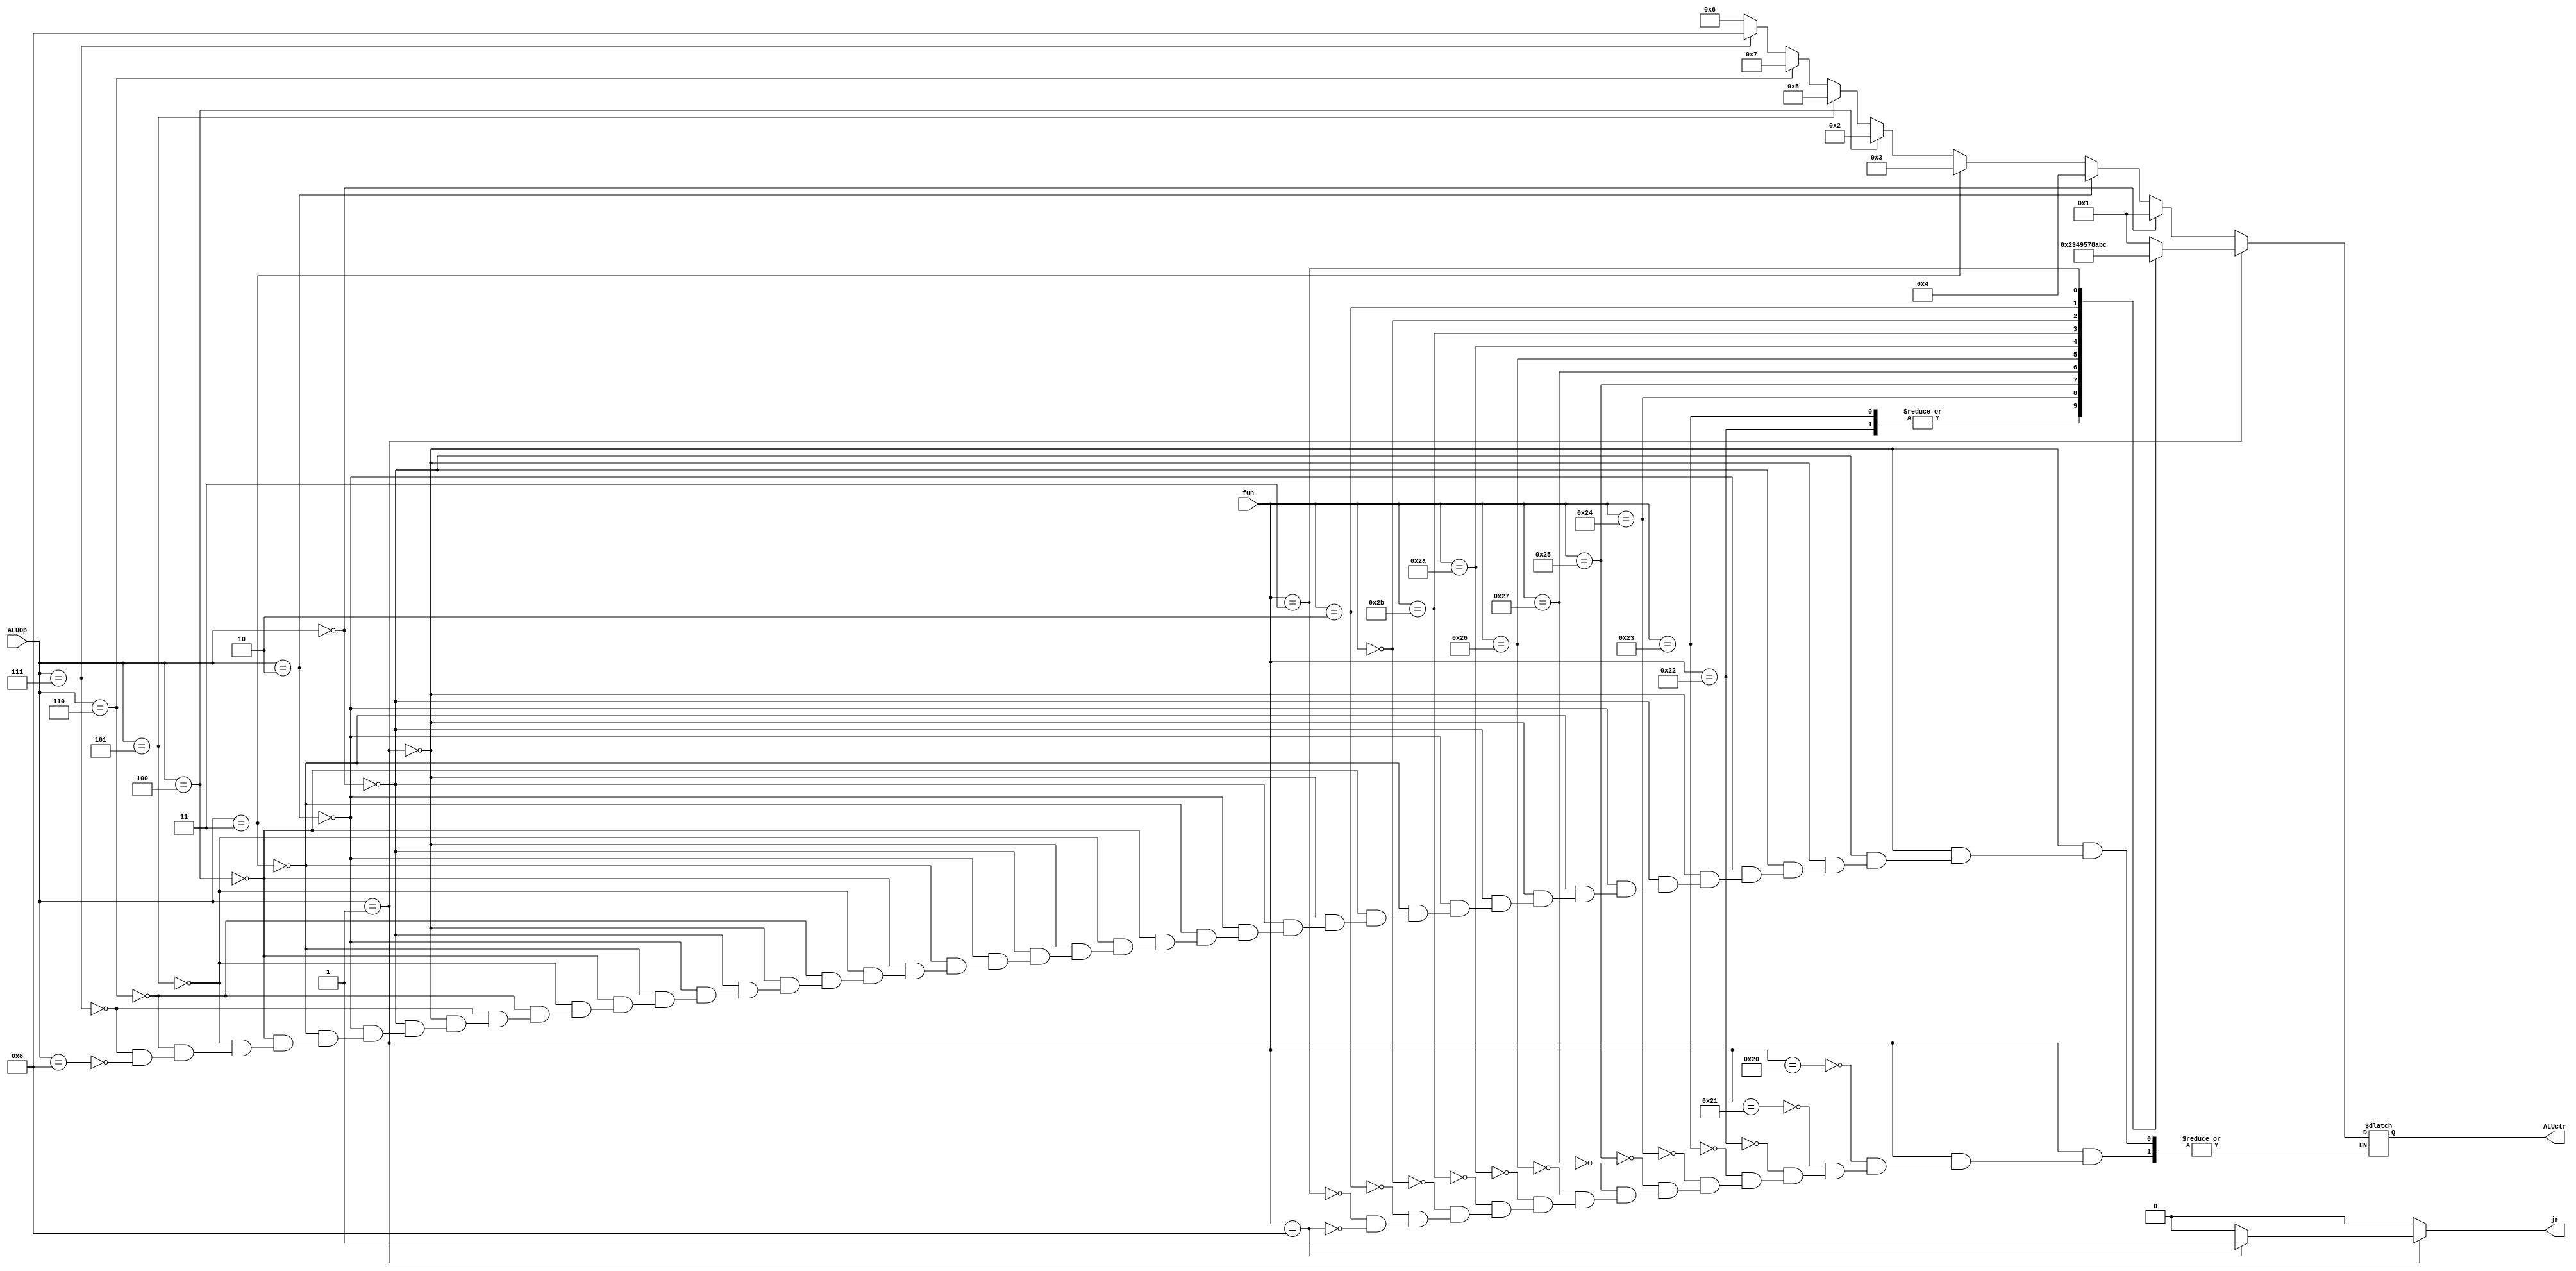
`timescale 1ns / 1ps
//////////////////////////////////////////////////////////////////////////////////
// Company: 
// Engineer: 
// 
// Design Name: 
// Module Name: ALUctr
// Project Name: 
// Target Devices: 
// Tool Versions: 
// Description: 
// 
// Dependencies: 
// 
// Revision:
// Revision 0.01 - File Created
// Additional Comments:
// 
//////////////////////////////////////////////////////////////////////////////////
`define ALU_add     4'b0001
`define ALU_sub     4'b0010
`define ALU_and     4'b0011
`define ALU_or      4'b0100
`define ALU_xor     4'b0101
`define ALU_lui     4'b0110
`define ALU_slt     4'b0111
`define ALU_sltu    4'b1000
`define ALU_nor     4'b1001
`define ALU_sll     4'b1010
`define ALU_srl     4'b1011
`define ALU_sra     4'b1100

//ALUOp
`define ADD   4'b0000//addi,addiu,lw,sw,lh,lhu,lb,lbu
`define RType 4'b0001
`define OR    4'b0010//ori
`define AND   4'b0011//andi
`define SUB   4'b0100//beq,bne
`define XOR   4'b0101//xori
`define SLT   4'b0110//slt,slti
`define SLTU  4'b0111//sltu.sltiu
`define LUI   4'b1000//lui
`define Rand  4'b1111//XXXX

module ALUctr(fun,ALUOp,ALUctr,jr);
    input [5:0] fun;
    input [3:0] ALUOp;
    output reg [3:0] ALUctr;
    output reg jr;

    always @(fun or ALUOp) begin
        jr = 0;
        if(ALUOp==`RType)begin
            case (fun)
                6'b100000 :  ALUctr = `ALU_add;//add
                6'b100001 :  ALUctr = `ALU_add;//addu no overflow
                6'b100010 :  ALUctr = `ALU_sub;//sub
                6'b100011 :  ALUctr = `ALU_sub;//subu no overflow
                6'b100100 :  ALUctr = `ALU_and;//and
                6'b100101 :  ALUctr = `ALU_or; //or
                6'b100111 :  ALUctr = `ALU_nor;//nor
                6'b100110 :  ALUctr = `ALU_xor;//xor
                6'b101010 :  ALUctr = `ALU_slt;//slt
                6'b101011 :  ALUctr = `ALU_sltu;//sltu
                //addi 1
                //addiu 1
                //andi 1
                //ori 1
                //xori 1
                //slti 1
                //sltiu 1
                //lui 1
                6'b000000 :  ALUctr = `ALU_sll;//sll
                6'b000010 :  ALUctr = `ALU_srl;//srl
                6'b000011 :  ALUctr = `ALU_sra;//sra
                //lw 1
                //lh 1
                //lhu 1
                //lb 1
                //lbu 1
                //sw 1
                //sh
                //sb
                //beq
                //bne
                //j
                //jal
                6'b001000 : begin
                    ALUctr = `ALU_add;//jr
                    jr     = 1;
                end
            endcase     
        end

        else if (ALUOp==`ADD) begin//addi,addiu,lw,sw,lh,lhu,lb,lbu
            ALUctr = `ALU_add;
        end

        else if (ALUOp==`OR) begin//ori
            ALUctr = `ALU_or;
        end

        else if (ALUOp==`AND) begin//andi
            ALUctr = `ALU_and;
        end

        else if (ALUOp==`SUB) begin//beq
            ALUctr = `ALU_sub;
        end

        else if (ALUOp==`XOR) begin//xori
            ALUctr = `ALU_xor;
        end

        else if (ALUOp==`SLT) begin//slti,slt
            ALUctr = `ALU_slt;
        end

        else if (ALUOp==`SLTU) begin//sltiu,sltu
            ALUctr = `ALU_sltu;
        end

        else if (ALUOp==`LUI) begin//lui
            ALUctr = `ALU_lui;
        end


    end
endmodule